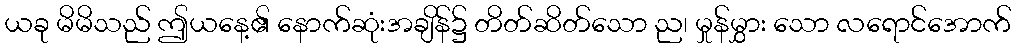
ယခု မိမိသည် ဤယနေ့၏ နောက်ဆုံးအချိန်၌ တိတ်ဆိတ်သော ည၊ မှုန်မွှား သော လရောင်အောက်